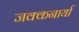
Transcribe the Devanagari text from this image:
जक्कनार्या